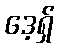
ဒေ့ရှ်